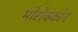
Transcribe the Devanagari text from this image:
मोरोक्कोन